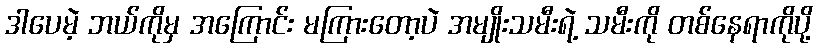
ဒါပေမဲ့ ဘယ်ကိုမှ အကြောင်း မကြားတော့ပဲ အမျိုးသမီးရဲ့ သမီးကို တစ်နေရာကိုပို့